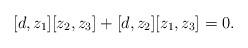
LaTeX: \begin{align*}[d, z_1] [z_2, z_3] + [d, z_2] [z_1, z_3] = 0 .\end{align*}